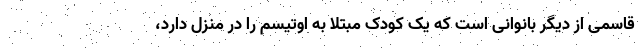
قاسمی از دیگر بانوانی است که یک کودک مبتلا به اوتیسم را در منزل دارد،